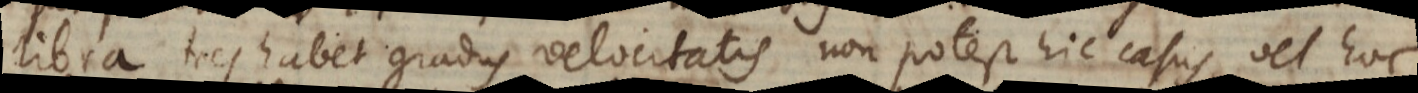
libra tres habet gradus velocitatis non potest hic casus, vel hoc